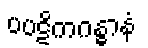
ပပဋိကဂန္ဓာနံ